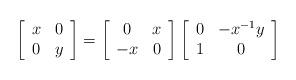
LaTeX: \begin{align*}\left[\begin{array}{cc} x & 0\\ 0& y\end{array}\right] = \left[\begin{array}{cc}0 & x\\ -x& 0\end{array}\right] \left[\begin{array}{cc}0 & -x^{-1}y\\1 &0 \end{array}\right]\end{align*}